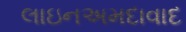
લાઇનઅમદાવાદ